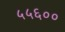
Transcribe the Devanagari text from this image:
५५६००